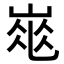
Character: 𡹽